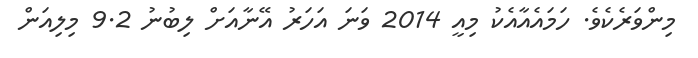
މިންވަރެކެވެ. ހަމައެއާއެކު މިއީ 2014 ވަނަ އަހަރު އޭނާއަށް ލިބުނު 9.2 މިލިއަން